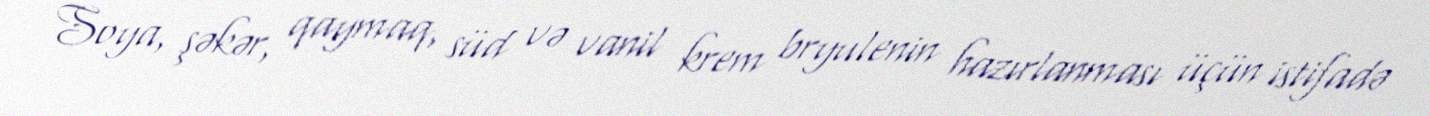
Soya, şəkər, qaymaq, süd və vanil krem bryulenin hazırlanması üçün istifadə